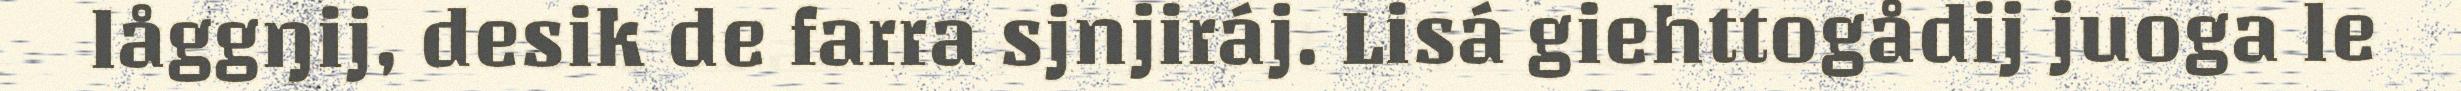
låggŋij, desik de farra sjnjiráj. Lisá giehttogådij juoga le